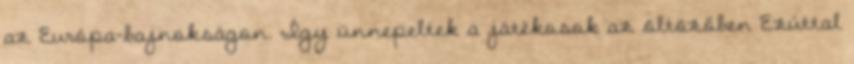
az Európa-bajnokságon. Így ünnepeltek a játékosok az öltözőben Ezúttal